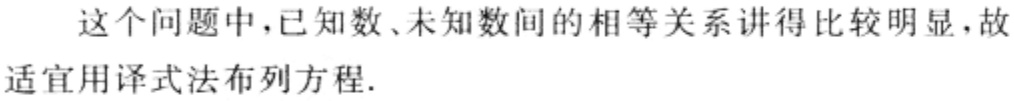
这个问题中,已知数、未知数间的相等关系讲得比较明显，故

适宜用译式法布列方程.